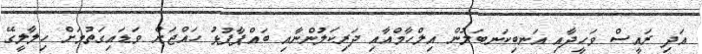
އަދި ރައީސް ވަހީދާއި އަނބިކަނބަލުން އިލްހާމްއާއި ދަރިކަލުންނާއި ބައްޕާފުޅު ހައްޖަށް ވަޑައިގަތުމަށް ހިލާލީގޭ